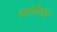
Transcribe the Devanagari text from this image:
फलोयड